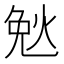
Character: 𮳪